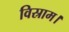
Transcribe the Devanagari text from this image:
विस्राम।